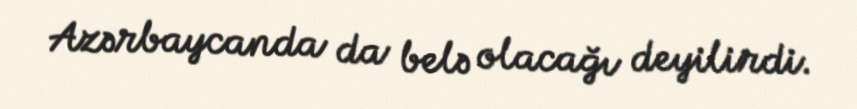
Azərbaycanda da belə olacağı deyilirdi.